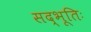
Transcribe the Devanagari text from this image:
सद्भूतिः